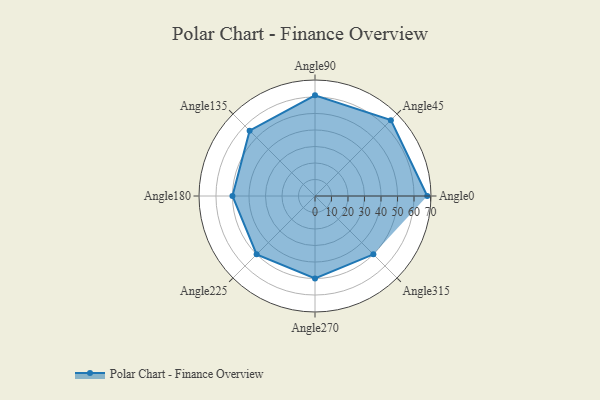
{"axis": {"x": "Angle", "y": "Radius"}, "legend": [""], "data": [{"x": "Angle0", "y": 68.0, "type": ""}, {"x": "Angle45", "y": 65.0, "type": ""}, {"x": "Angle90", "y": 61.0, "type": ""}, {"x": "Angle135", "y": 56.0, "type": ""}, {"x": "Angle180", "y": 50, "type": ""}, {"x": "Angle225", "y": 50, "type": ""}, {"x": "Angle270", "y": 50, "type": ""}, {"x": "Angle315", "y": 50, "type": ""}]}